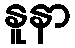
နူနာ